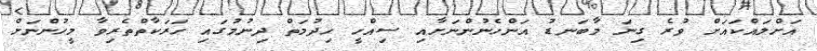
އަށްލައްކައަށް ވުރެ ގިނަ މާބަނޑު އަންހެނުންނަށާއި ސިއްހީ ހިދުމަތް ދިނުމުގައި ހަރަކާތްތެރިވާ މީހުންނަށް